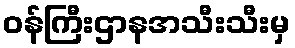
ဝန်ကြီးဌာနအသီးသီးမှ